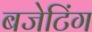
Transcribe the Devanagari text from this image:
बजेटिंग